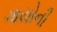
ગાયોની